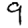
Digit: 9